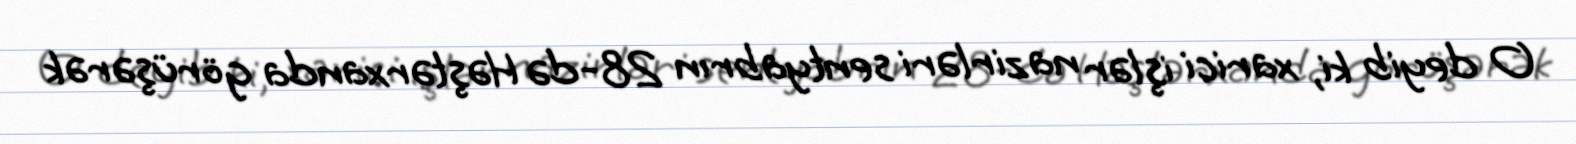
O deyib ki, xarici işlər nazirləri sentyabrın 28-də Həştərxanda görüşərək